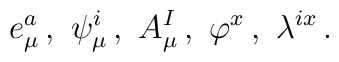
e_\mu ^a\,,\ \psi _\mu ^i\,,\ A_\mu ^I\,,\ \varphi ^{x}\,,\  \lambda ^{ix}\,.